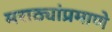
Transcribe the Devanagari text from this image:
मराठ्यांप्रमाणे